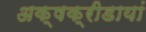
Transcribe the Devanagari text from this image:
अक्षक्रीडायां